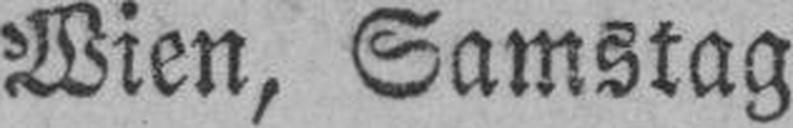
Wien, Samstag